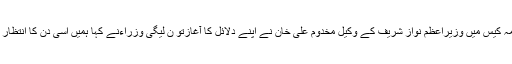
پانامہ کیس میں وزیراعظم نواز شریف کے وکیل مخدوم علی خان نے اپنے دلائل کا آغازتو ن لیگی وزراءنے کہا ہمیں اسی دن کا انتظار تھا۔